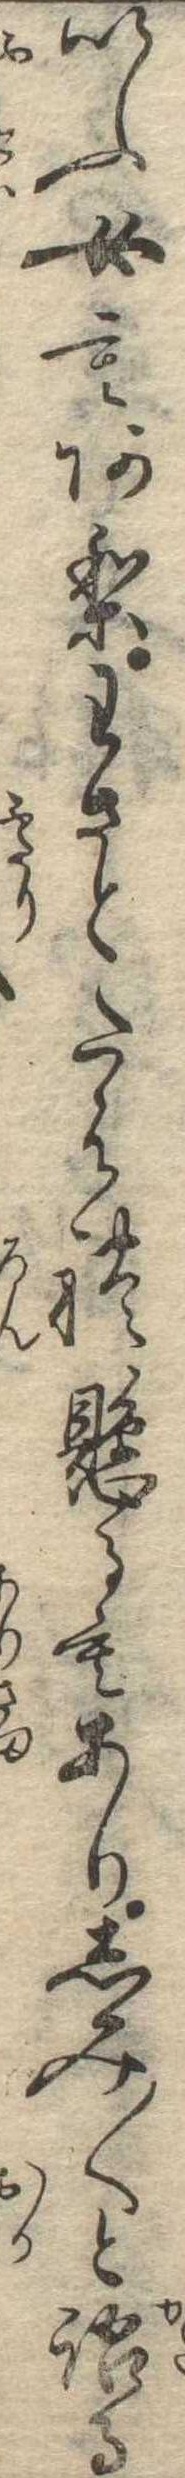
いふ女もありわさとたはれ懸るもありしみ〱と語る